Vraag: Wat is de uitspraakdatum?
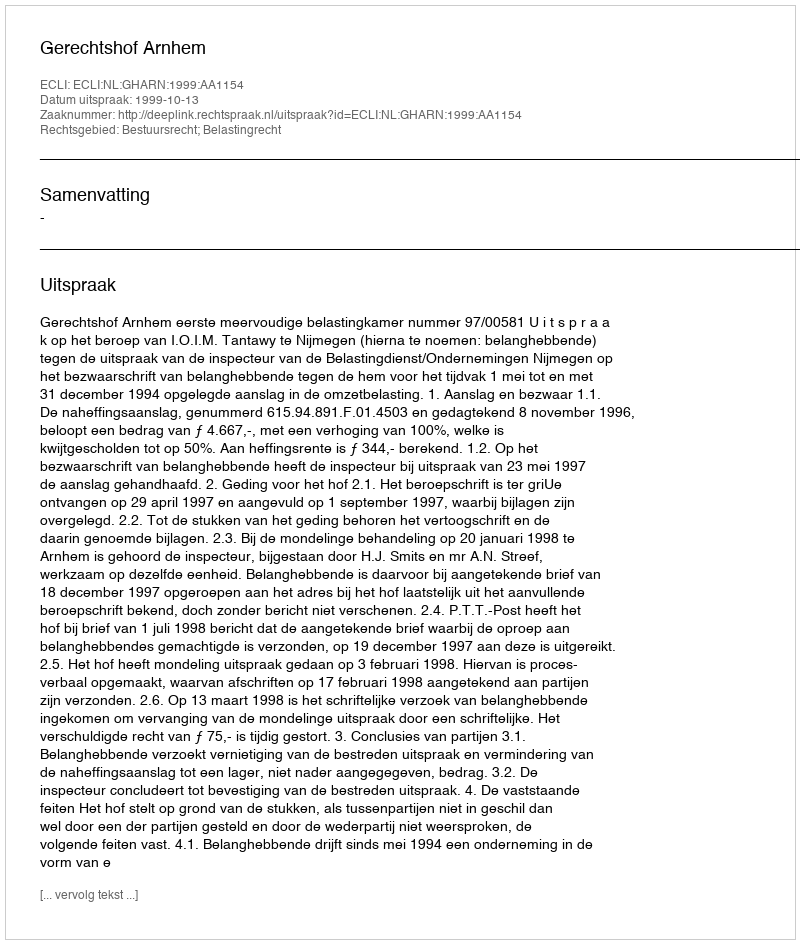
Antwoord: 1999-10-13